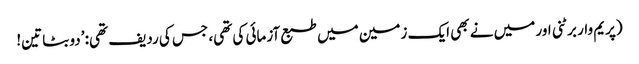
(پریم وار برٹنی اور میں نے بھی ایک زمین میں طبع آزمائی کی تھی، جس کی ردیف تھی: ’دو بٹا تین!